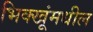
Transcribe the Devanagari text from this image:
भिक्खूंमधील